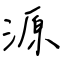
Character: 源